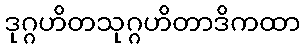
ဒုဂ္ဂဟိတသုဂ္ဂဟိတာဒိကထာ